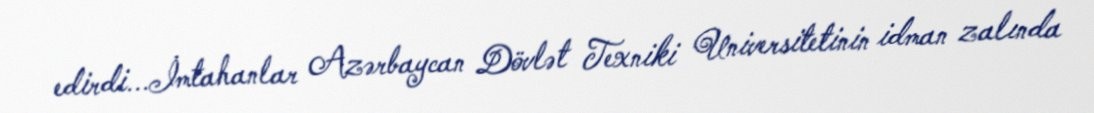
edirdi...İmtahanlar Azərbaycan Dövlət Texniki Universitetinin idman zalında